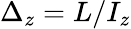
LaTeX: \Delta_{z}={L}/I_{z}